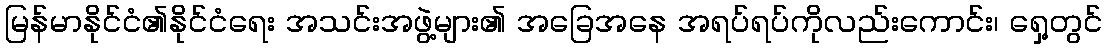
မြန်မာနိုင်ငံ၏နိုင်ငံရေး အသင်းအဖွဲ့များ၏ အခြေအနေ အရပ်ရပ်ကိုလည်းကောင်း၊ ရှေ့တွင်